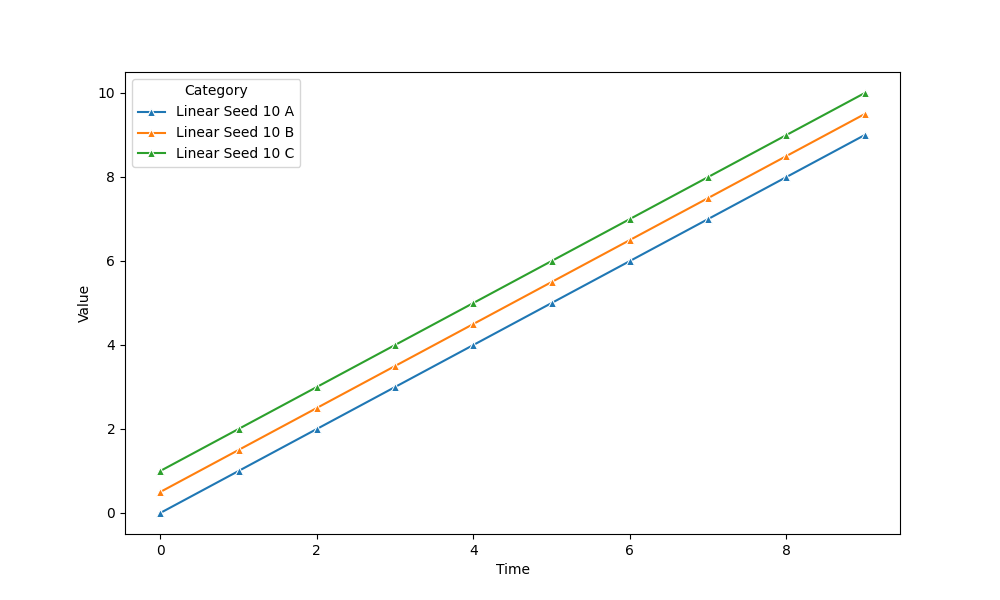
python, seaborn, lineplot, style='solid', marker='^'